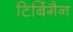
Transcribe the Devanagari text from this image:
टिबिंगैन